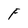
Character: F